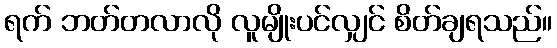
ရက် ဘတ်တလာလို လူမျိုးပင်လျှင် စိတ်ချရသည်။